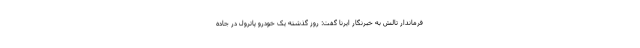
فرماندار تالش به خبرنگار ایرنا گفت: روز گذشته یک خودرو پاترول در جاده